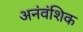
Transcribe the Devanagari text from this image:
अनंवंशिक